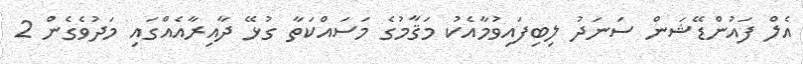
އެލް ފައުންޑޭޝަން ސަނަދު ލިބިފައިވުމާއެކު މަޤާމުގެ މަސައްކަތާ ގުޅޭ ދާއިރާއެއްގައި މަދުވެގެން 2